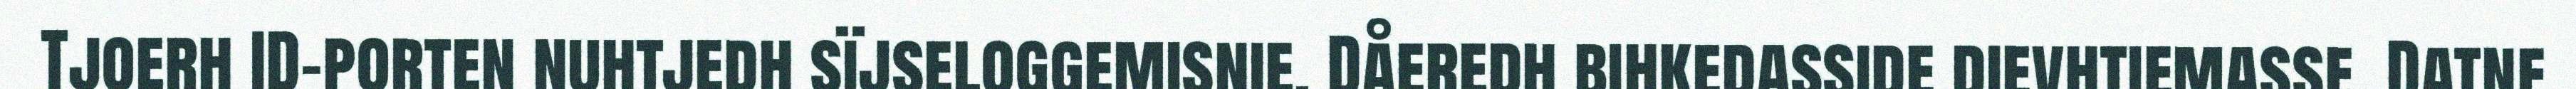
Tjoerh ID-porten nuhtjedh sïjseloggemisnie. Dåeredh bihkedasside dievhtiemasse. Datne